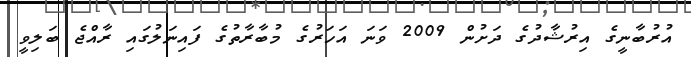
އުރުބާނީގެ އިރުޝާދުގެ ދަށުން 2009 ވަނަ އަހަރުގެ މުބާރާތުގެ ފައިނަލުގައި ރާއްޖެ ބަލިވީ